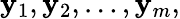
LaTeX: \mathbf{y}_{1},\mathbf{y}_{2},\dots,\mathbf{y}_{m},